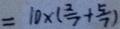
= 1 0 \times ( \frac { 2 } { 7 } + \frac { 5 } { 7 } )